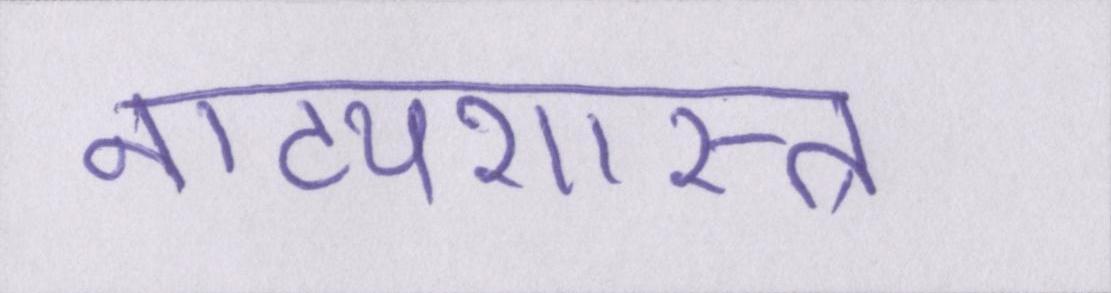
नाट्यशास्त्र